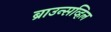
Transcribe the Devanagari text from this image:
ब्राउन्सव्हिल